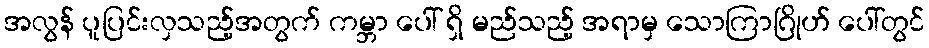
အလွန် ပူပြင်းလှသည့်အတွက် ကမ္ဘာ ပေါ် ရှိ မည်သည့် အရာမှ သောကြာဂြိုဟ် ပေါ်တွင်